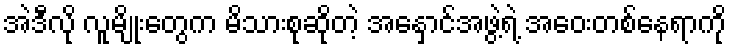
အဲဒီလို လူမျိုးတွေက မိသားစုဆိုတဲ့ အနှောင်အဖွဲ့ရဲ့ အဝေးတစ်နေရာကို